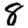
Digit: 8